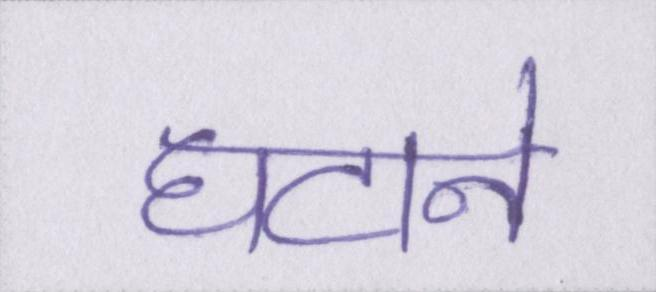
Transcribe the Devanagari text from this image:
घटाने